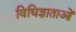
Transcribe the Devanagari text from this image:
विधिज्ञाताओं